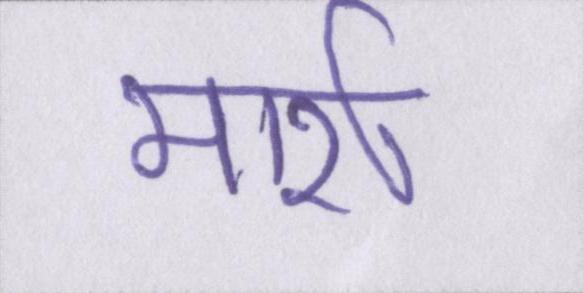
मार्श